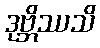
ဒုဗ္ဘိဿသိ